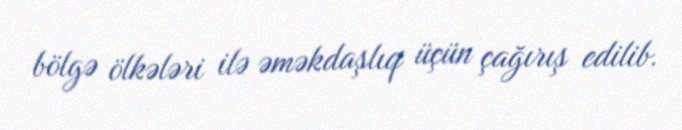
bölgə ölkələri ilə əməkdaşlıq üçün çağırış edilib.